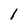
Character: 1